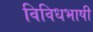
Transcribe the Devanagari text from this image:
विविधभाषी